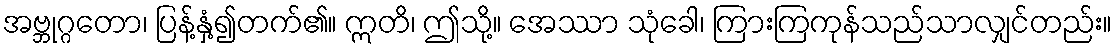
အဗ္ဘုဂ္ဂတော၊ ပြန့်နှံ့၍တက်၏။ ဣတိ၊ ဤသို့။ အေဿာ သုံခေါ၊ ကြားကြကုန်သည်သာလျှင်တည်း။